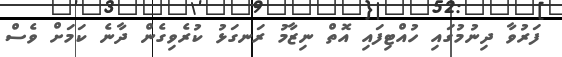
ފަރުވާ ދިނުމުގައި ހުއްޓިފައި އޮތް ނިޒާމު ރަނގަޅު ކުރެވިގެން ދާނެ ކަމަށް ވެސް